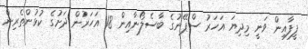
ފީފާއިން ވަނީ މިދިޔަ އަހަރު ސްޕޭނުގެ ބާސެލޯނާއިން 18 އަހަރުން ދަށުގެ ކުޅުންތެރިން